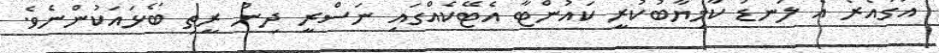
އަގުއެރޯ އެ ލަނޑު ކާމިޔާބުކުރީ ކައުންޓާ އެޓޭކެއްގައި ނަސްރީ ދިން ރީތި ބޯޅައަކުންނެވެ.